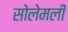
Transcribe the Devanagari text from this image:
सोलेमली